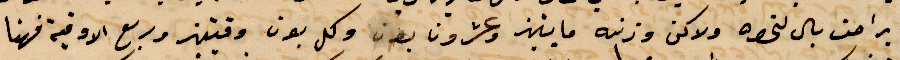
براحت بال لنحوه ولاكن وزنه وما ينهز وعشرون بون وكل بون وقتئذ وربع الواقية فهنا